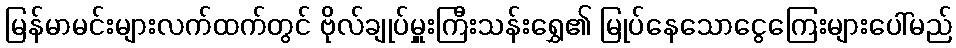
မြန်မာမင်းများလက်ထက်တွင် ဗိုလ်ချုပ်မှူးကြီးသန်းရွှေ၏ မြုပ်နေသောငွေကြေးများပေါ်မည်